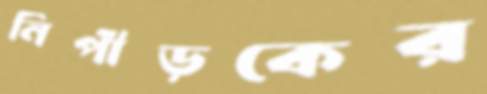
নিপীড়কের